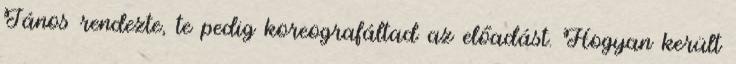
János rendezte, te pedig koreografáltad az előadást. Hogyan került